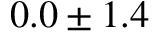
0 . 0 \pm 1 . 4